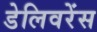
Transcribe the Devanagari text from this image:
डेलिवरेंस